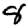
Digit: 8